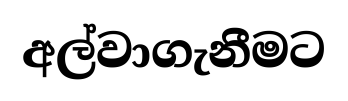
අල්වාගැනීමට